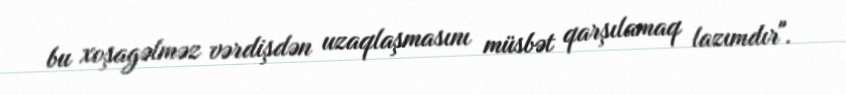
bu xoşagəlməz vərdişdən uzaqlaşmasını müsbət qarşılamaq lazımdır".